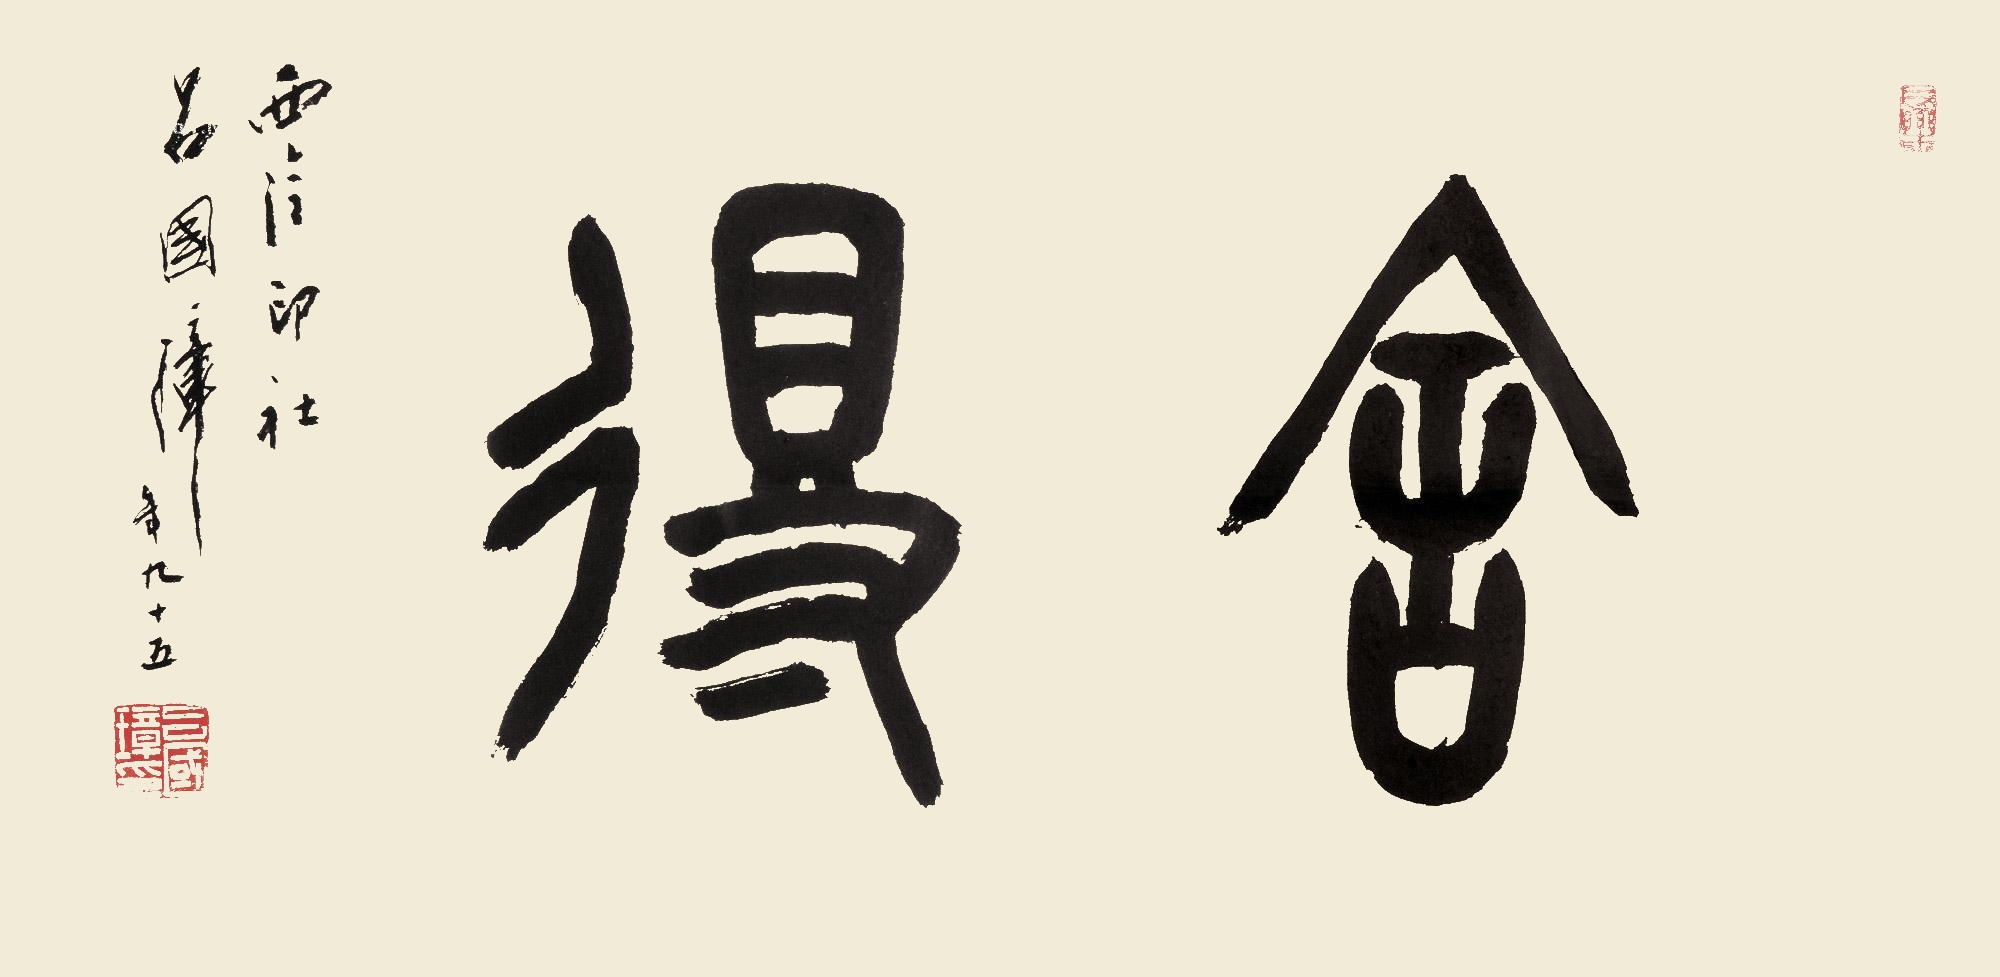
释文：舍得西泠印社吕国璋年九十五